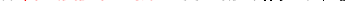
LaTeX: \smash{k\ensuremath{\mathrm{\ textsl{v}}_{0}}\! >\! \tau_{\perp,s}^{-1}}